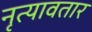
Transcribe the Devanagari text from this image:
नृत्यावतार